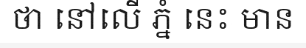
ថា នៅលើ ភ្នំ នេះ មាន